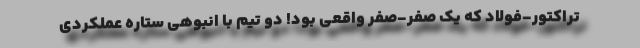
تراکتور-فولاد که یک صفر-صفر واقعی بود! دو تیم با انبوهی ستاره عملکردی